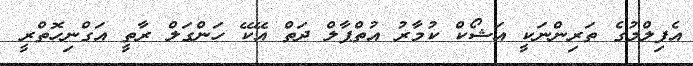
އެފިލްމުގެ ތަރިންނަކީ އަޝޯކް ކުމާރު އުތްޕާލް ދަތް އޭކޭ ހަންގަލް ރާތީ އަގްނިހޮތްރީ